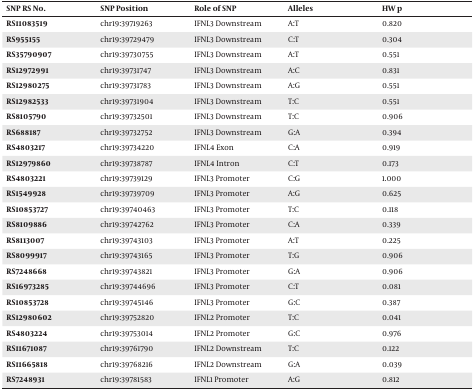
<table><thead><tr><td><b>SNP RS No.</b></td><td><b>SNP Position</b></td><td><b>Role of SNP</b></td><td><b>Alleles</b></td><td><b>HW p</b></td></tr></thead><tbody><tr><td><b>RS11083519</b></td><td>chr19:39719263</td><td>IFNL3 Downstream</td><td>A:T</td><td>0.820</td></tr><tr><td><b>RS955155</b></td><td>chr19:39729479</td><td>IFNL3 Downstream</td><td>C:T</td><td>0.304</td></tr><tr><td><b>RS35790907</b></td><td>chr19:39730755</td><td>IFNL3 Downstream</td><td>A:T</td><td>0.551</td></tr><tr><td><b>RS12972991</b></td><td>chr19:39731747</td><td>IFNL3 Downstream</td><td>A:C</td><td>0.831</td></tr><tr><td><b>RS12980275</b></td><td>chr19:39731783</td><td>IFNL3 Downstream</td><td>A:G</td><td>0.551</td></tr><tr><td><b>RS12982533</b></td><td>chr19:39731904</td><td>IFNL3 Downstream</td><td>T:C</td><td>0.551</td></tr><tr><td><b>RS8105790</b></td><td>chr19:39732501</td><td>IFNL3 Downstream</td><td>T:C</td><td>0.906</td></tr><tr><td><b>RS688187</b></td><td>chr19:39732752</td><td>IFNL3 Downstream</td><td>G:A</td><td>0.394</td></tr><tr><td><b>RS4803217</b></td><td>chr19:39734220</td><td>IFNL4 Exon</td><td>C:A</td><td>0.919</td></tr><tr><td><b>RS12979860</b></td><td>chr19:39738787</td><td>IFNL4 Intron</td><td>C:T</td><td>0.173</td></tr><tr><td><b>RS4803221</b></td><td>chr19:39739129</td><td>IFNL3 Promoter</td><td>C:G</td><td>1.000</td></tr><tr><td><b>RS1549928</b></td><td>chr19:39739709</td><td>IFNL3 Promoter</td><td>A:G</td><td>0.625</td></tr><tr><td><b>RS10853727</b></td><td>chr19:39740463</td><td>IFNL3 Promoter</td><td>T:C</td><td>0.118</td></tr><tr><td><b>RS8109886</b></td><td>chr19:39742762</td><td>IFNL3 Promoter</td><td>C:A</td><td>0.339</td></tr><tr><td><b>RS8113007</b></td><td>chr19:39743103</td><td>IFNL3 Promoter</td><td>A:T</td><td>0.225</td></tr><tr><td><b>RS8099917</b></td><td>chr19:39743165</td><td>IFNL3 Promoter</td><td>T:G</td><td>0.906</td></tr><tr><td><b>RS7248668</b></td><td>chr19:39743821</td><td>IFNL3 Promoter</td><td>G:A</td><td>0.906</td></tr><tr><td><b>RS16973285</b></td><td>chr19:39744696</td><td>IFNL3 Promoter</td><td>C:T</td><td>0.081</td></tr><tr><td><b>RS10853728</b></td><td>chr19:39745146</td><td>IFNL3 Promoter</td><td>G:C</td><td>0.387</td></tr><tr><td><b>RS12980602</b></td><td>chr19:39752820</td><td>IFNL2 Promoter</td><td>T:C</td><td>0.041</td></tr><tr><td><b>RS4803224</b></td><td>chr19:39753014</td><td>IFNL2 Promoter</td><td>G:C</td><td>0.976</td></tr><tr><td><b>RS11671087</b></td><td>chr19:39761790</td><td>IFNL2 Downstream</td><td>T:C</td><td>0.122</td></tr><tr><td><b>RS11665818</b></td><td>chr19:39768216</td><td>IFNL2 Downstream</td><td>G:A</td><td>0.039</td></tr><tr><td><b>RS7248931</b></td><td>chr19:39781583</td><td>IFNL1 Promoter</td><td>A:G</td><td>0.812</td></tr></tbody></table>